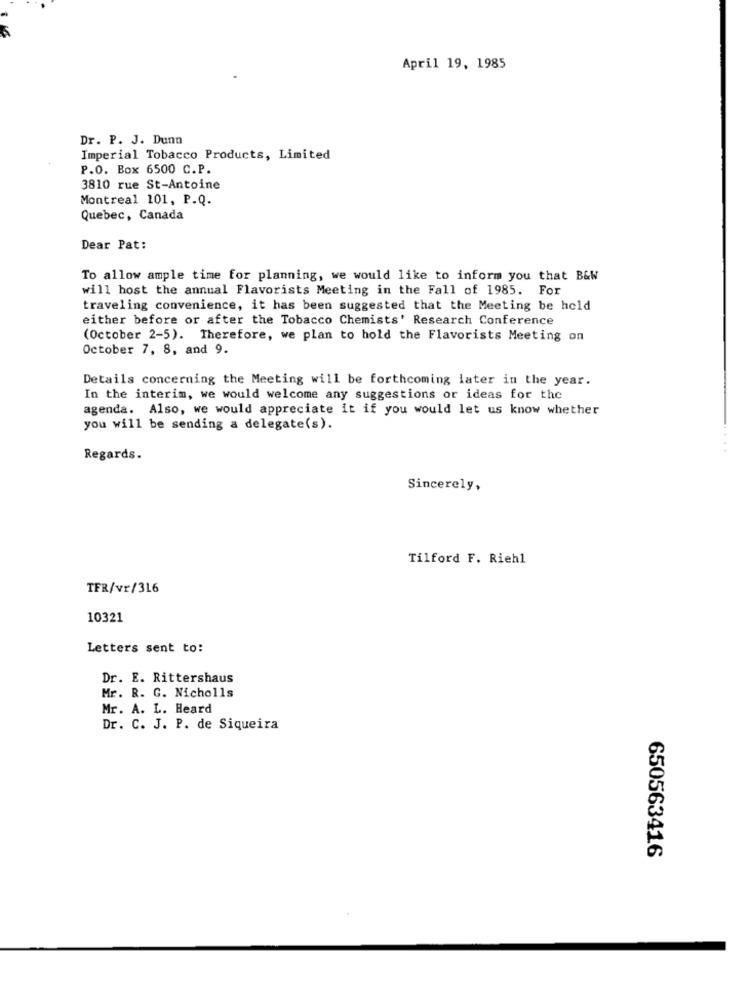
April 19, 1985
Dr. P. J. Dunn
Imperial Tobacco Products, Limited
P.O. Box 6500 C.P.
3810 rue St-Antoine
Montreal 101, P.Q.
Quebec, Canada
Dear Pat:
To allow ample time for planning, we would like to inform you that B&W
will host the annual Flavorists Meeting in the Fall of 1985. For
traveling convenience, it has been suggested that the Meeting be held
either before or after the Tobacco Chemists' Research Conference
(October 2-5). Therefore, we plan to hold the Flavorists Meeting on
October 7, 8, and 9.
Details concerning the Meeting will be forthcoming later in the year.
In the interim, we would welcome any suggestions or ideas for the
agenda. Also, we would appreciate it if you would let us know whether
you will be sending a delegate(s).
...
Regards.
Sincerely,
Tilford F. Riehl
TFR/vr/316
10321
Letters sent to:
Dr. E. Rittershaus
Mr. R. G. Nicholls
Mr. A. L. Heard
Dr. C. J. P. de Siqueira
650563416